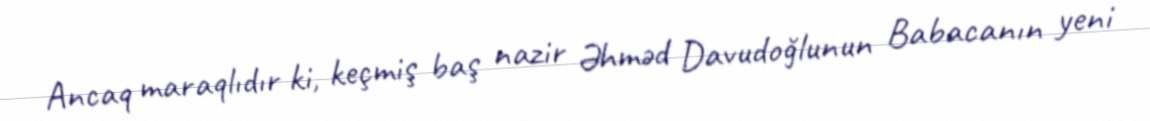
Ancaq maraqlıdır ki, keçmiş baş nazir Əhməd Davudoğlunun Babacanın yeni